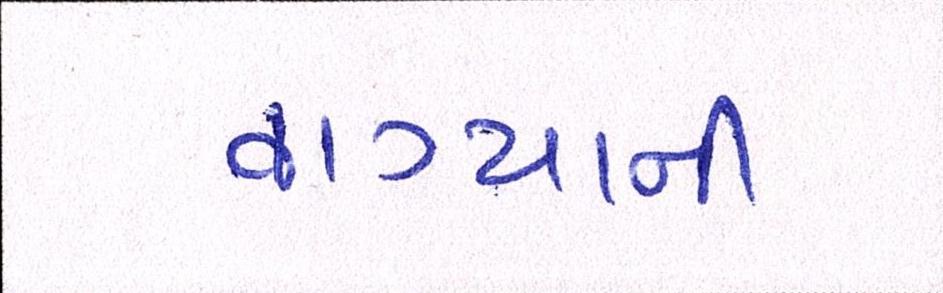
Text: વાગ્યાની